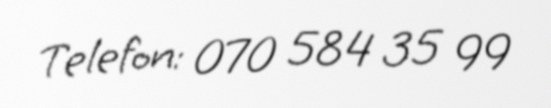
Telefon: 070 584 35 99